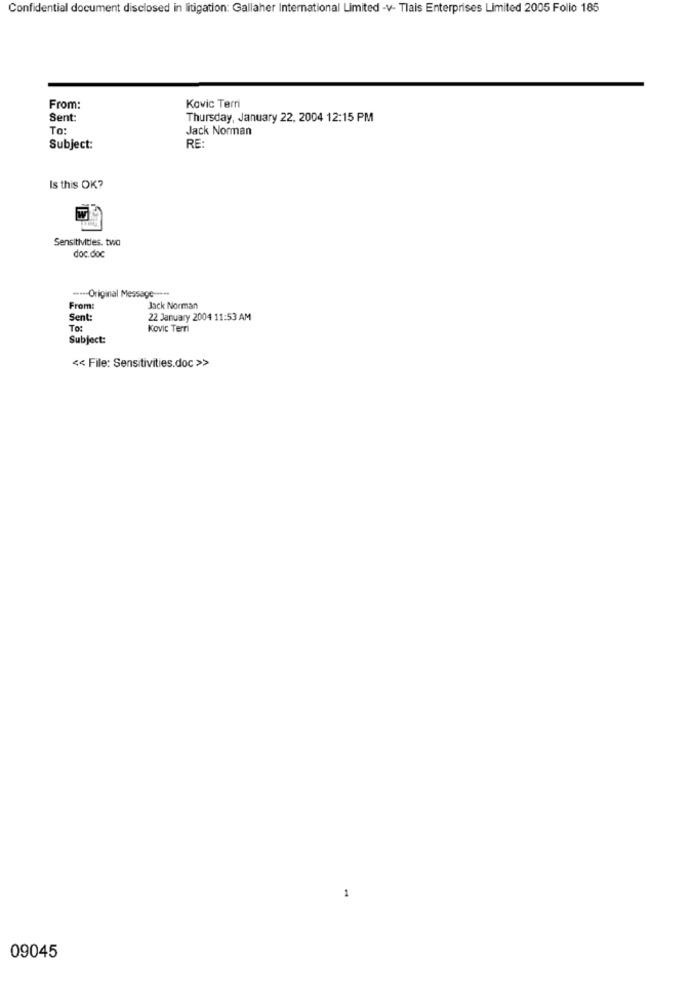
Confidential document disclosed in litigation: Gallaher International Limited -v- Tlais Enterprises Limited 2005 Folio 185
Kovic Terri
From:
Sent:
Thursday, January 22, 2004 12:15 PM
To:
Jack Norman
RE:
Subject:
Is this OK?
Sensitivities. two
doc.doc
----- Original Message -····
From:
Jack Norman
Sent:
22 January 2004 11:53 AM
To:
Kovic Terri
Subject:
<< File: Sensitivities.doc >>
1
09045